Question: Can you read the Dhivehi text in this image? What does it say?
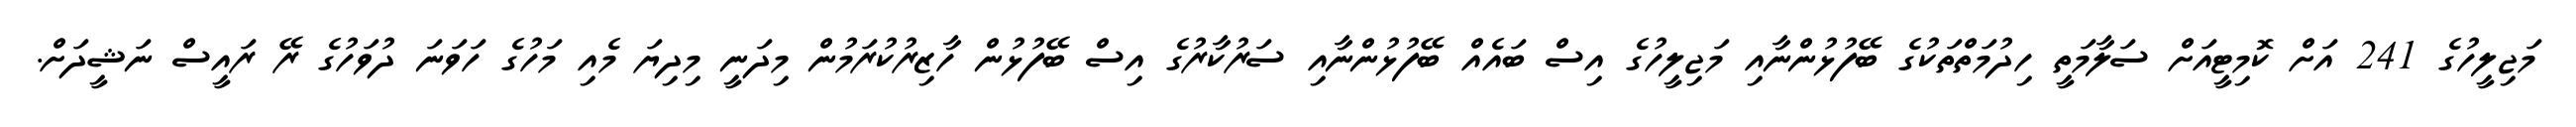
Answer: މަޖިލީހުގެ 241 އަށް ކޮމިޓީއަށް ސަލާމަތީ ހިދުމަތްތަކުގެ ބޭފުޅުންނާއި މަޖިލީހުގެ އިސް ބައެއް ބޭފުޅުންނާއި ސަރުކާރުގެ އިސް ބޭފުޅުން ހާޒިރުކުރަމުން މިދަނީ މިދިޔަ މެއި މަހުގެ ހަވަނަ ދުވަހުގެ ރޭ ރައީސް ނަޝީދަށް.